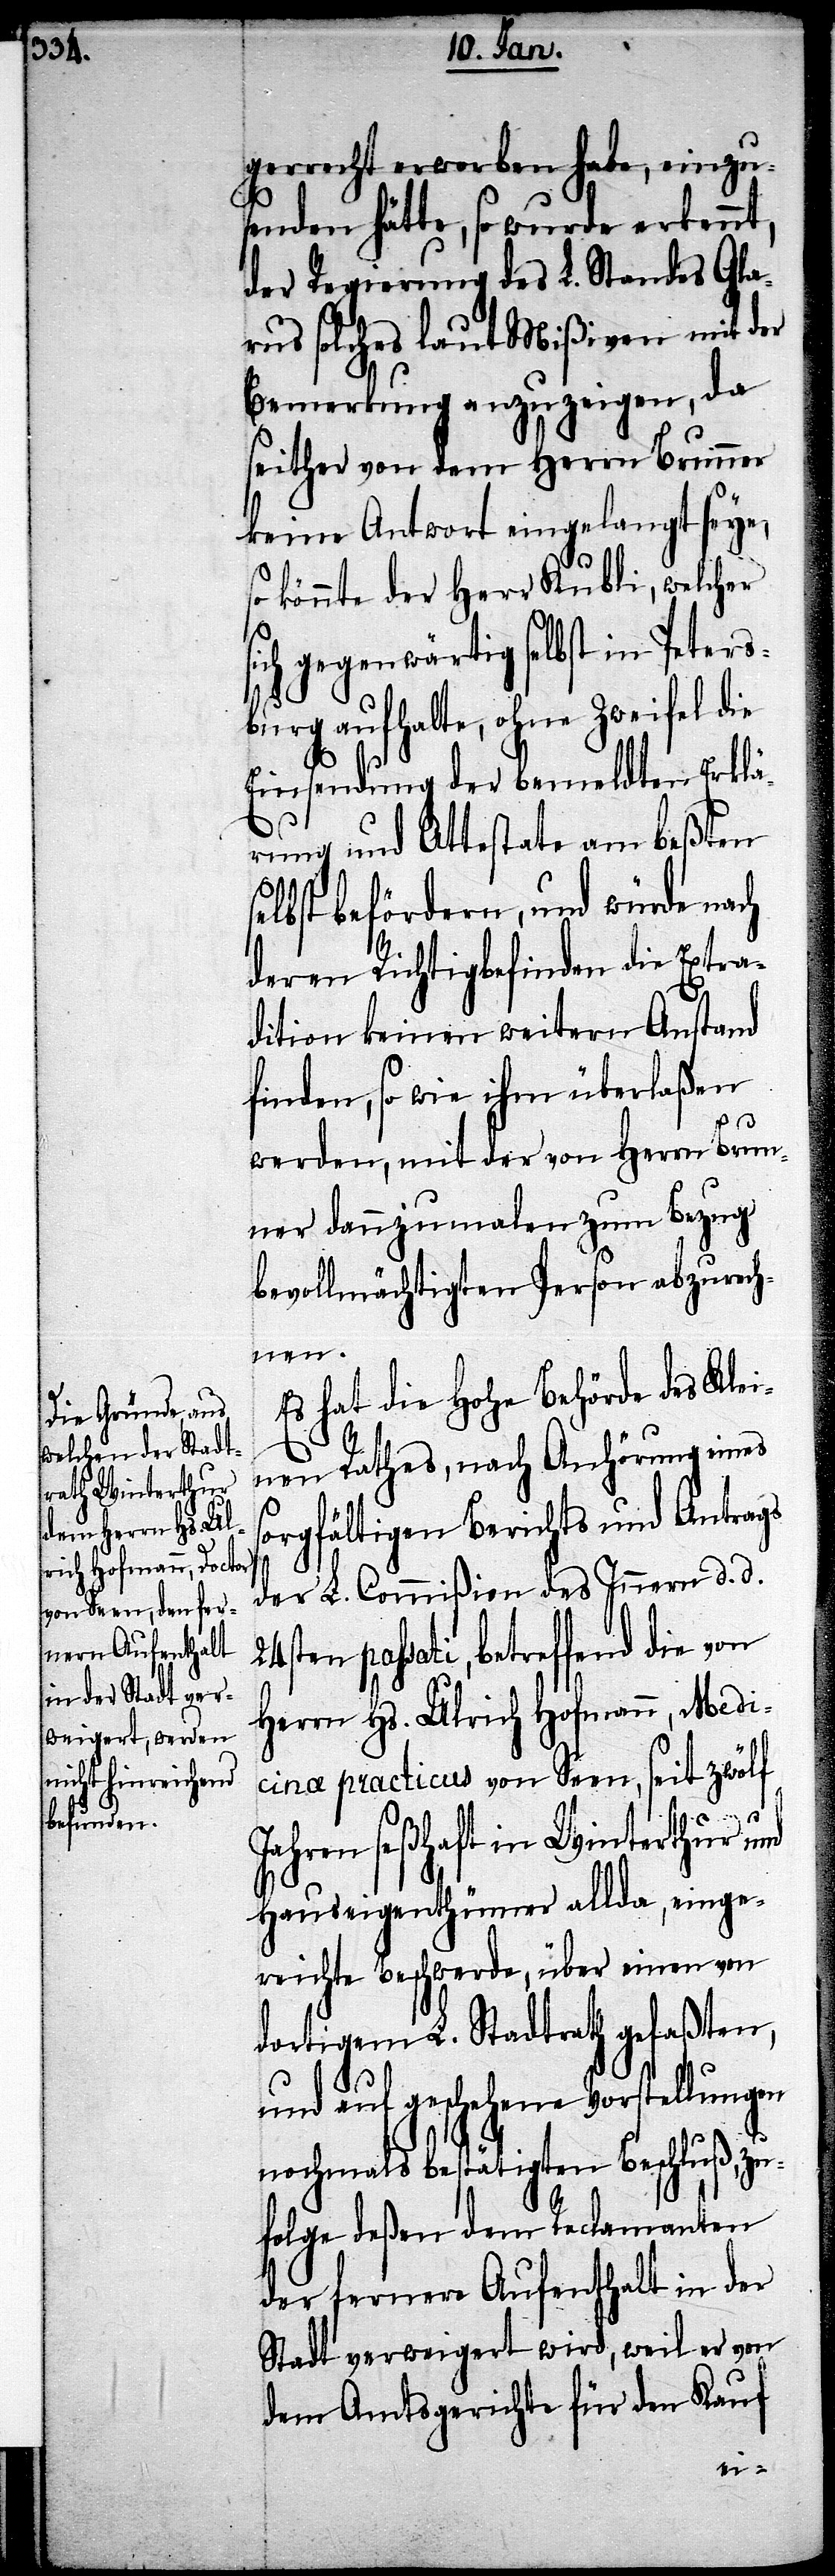
gerrecht erworben habe, einzu¬
senden hätte, so wurde erkennt,
der Regierung des L. Standes Gla¬
rus solches laut Mißiven mit der
Bemerkung anzuzeigen, da
seither von dem Herrn Brunner
keine Antwort eingelangt seye,
könnte der Herr Kubli, welcher
ch gegenwärtig selbst in Peters¬
burg aufhalte, ohne Zweifel die
Einsendung der bemeldten Erklä¬
rung und Attestate am beßten
elbst befördern, und würde nach
deren Richtigbefinden die Extra¬
dition keinen weitern Anstand
finden, so wie ihm überlaßen
werden, mit der von Herrn Brun¬
ner dannzumalen zum Bezug
bevollmächtigten Person abzurech¬
nen.
Es hat die Hohe Behörde des Klei¬
nen Rathes, nach Anhörung eines
orgfältigen Berichts und Antrags
der L. Commißion des Innern d. d.
passati, betreffend die von
Herrn Hs. Ulrich Hofmann, Medi¬
cinæ practicus von Seen, seit zwölf
Jahren seßhaft in Winterthur und
Hauseigenthümer allda, einge¬
reichte Beschwerde, über einen von
dortigem L. Stadtrath gefaßten,
und auf geschehene Vorstellungen
nochmals bestätigten Beschluß, zu¬
folge deßen dem Reclamanten
der fernere Aufenthalt in der
Stadt verweigert wird, weil er von
dem Amtsgerichte für den Kauf
s¬